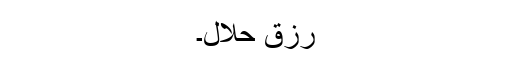
رزقِ حلال۔